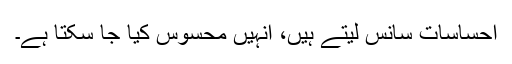
احساسات سانس لیتے ہیں، اُنہیں محسوس کیا جا سکتا ہے۔